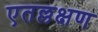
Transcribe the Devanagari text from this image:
एतल्लक्षण